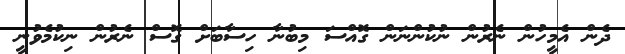
ދެން އެމީހުން ނެރުން ނުކުންނަން ގޮއްސަ މިބުނާ ހިސާބަށް ގޮސް ނެރުން ނިކުމެވުނީ